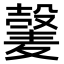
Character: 𫜕